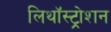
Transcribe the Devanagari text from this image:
लिथॉस्ट्रोशन